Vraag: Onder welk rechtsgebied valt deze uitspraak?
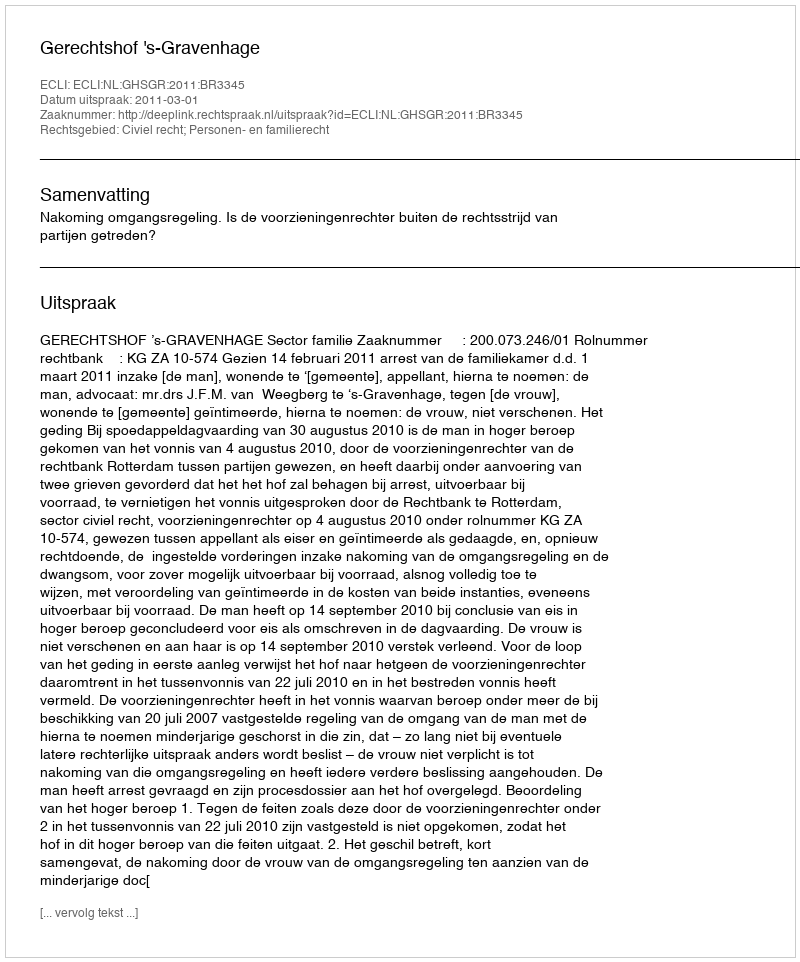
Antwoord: Civiel recht; Personen- en familierecht